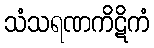
သံသရဏကိဋိကံ